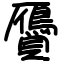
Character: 贗